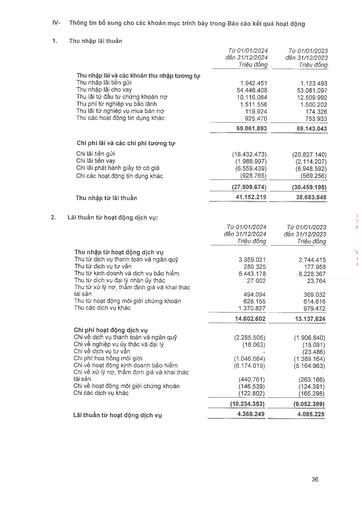
||Từ 01/01/2024 đến 31/12/2024 Triệu đồng|Từ 01/01/2023 đến 31/12/2023 Triệu đồng| |---|---|---| |Thu nhập lãi và các khoản thu nhập tương tự||| |Thu nhập lãi tiền gửi|1.942.451|1.123.493| |Thu nhập lãi cho vay|54.446.408|53.081.097| |Thu lãi từ đầu tư chứng khoán nợ|10.116.084|12.509.992| |Thu phí từ nghiệp vụ bảo lãnh|1.511.556|1.500.202| |Thu lãi từ nghiệp vụ mua bán nợ|119.924|174.326| |Thu các hoạt động tín dụng khác|925.470|753.933| ||69.061.893|69.143.043| |Chi phí lãi và các chi phí tương tự||| |Chi lãi tiền gửi|(18.432.473)|(20.827.140)| |Chi lãi tiền vay|(1.988.997)|(2.114.207)| |Chi lãi phát hành giấy tờ có giá|(6.559.439)|(6.948.592)| |Chi các hoạt động tín dụng khác|(928.765)|(569.256)| ||(27.909.674)|(30.459.195)| |Thu nhập từ lãi thuần|41.152.219|38.683.848| ||Từ 01/01/2024 đến 31/12/2024 Triệu đồng|Từ 01/01/2023 đến 31/12/2023 Triệu đồng| |---|---|---| |Thu nhập từ hoạt động dịch vụ||| |Thu phí dịch vụ thanh toán và ngân quỹ|3.359.021|2.744.415| |Thu từ dịch vụ tư vấn|280.325|177.958| |Thu phí kinh doanh và dịch vụ bảo hiểm|8.443.178|8.228.367| |Thu từ dịch vụ đại lý ủy thác|27.002|23.764| |Thu từ xử lý nợ, thẩm định giá và khai thác tài sản|494.094|369.032| |Thu từ hoạt động môi giới chứng khoán|628.155|614.616| |Thu các dịch vụ khác|1.370.827|979.472| ||14.602.602|13.137.624| |Chi phí hoạt động dịch vụ||| |Chi về dịch vụ thanh toán và ngân quỹ|(2.285.505)|(1.906.840)| |Chi về nghiệp vụ ủy thác và đại lý|(18.063)|(15.091)| |Chi về dịch vụ tư vấn|0|(23.486)| |Chi phí hoa hồng môi giới|(1.046.664)|(1.389.164)| |Chi về hoạt động kinh doanh bảo hiểm|(6.174.019)|(5.164.963)| |Chi về xử lý nợ, thẩm định giá và khai thác tài sản|(440.761)|(263.166)| |Chi về hoạt động môi giới chứng khoán|(146.539)|(124.391)| |Chi các dịch vụ khác|(122.802)|(165.298)| ||(10.234.353)|(9.052.399)| |Lãi thuần từ hoạt động dịch vụ|4.368.249|4.085.225|